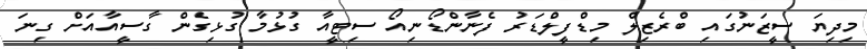
މިދިޔަ ސީޒަނުގައި ބްރެޒިލް މިޑްފީލްޑަރު ފެނާންޑޯނިއޯ ސިޓީއާ ގުޅުމާ ގުޅިގެން ގާސީއާއަށް ގިނަ